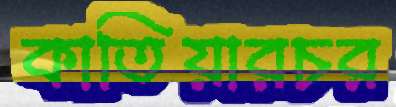
কাতিয়ারচর